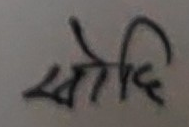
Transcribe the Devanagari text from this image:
सोदि